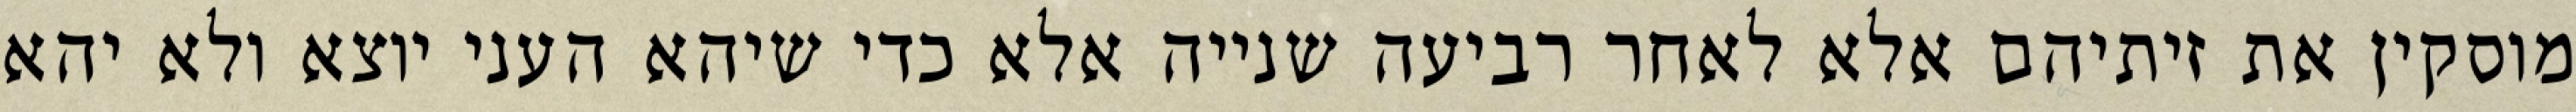
מוסקין את זיתיהם אלא לאחר רביעה שנייה אלא כדי שיהא העני יוצא ולא יהא